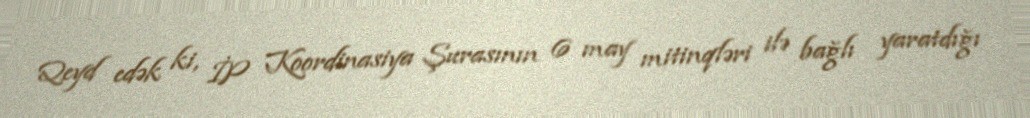
Qeyd edək ki, İP Koordinasiya Şurasının 6 may mitinqləri ilə bağlı yaratdığı